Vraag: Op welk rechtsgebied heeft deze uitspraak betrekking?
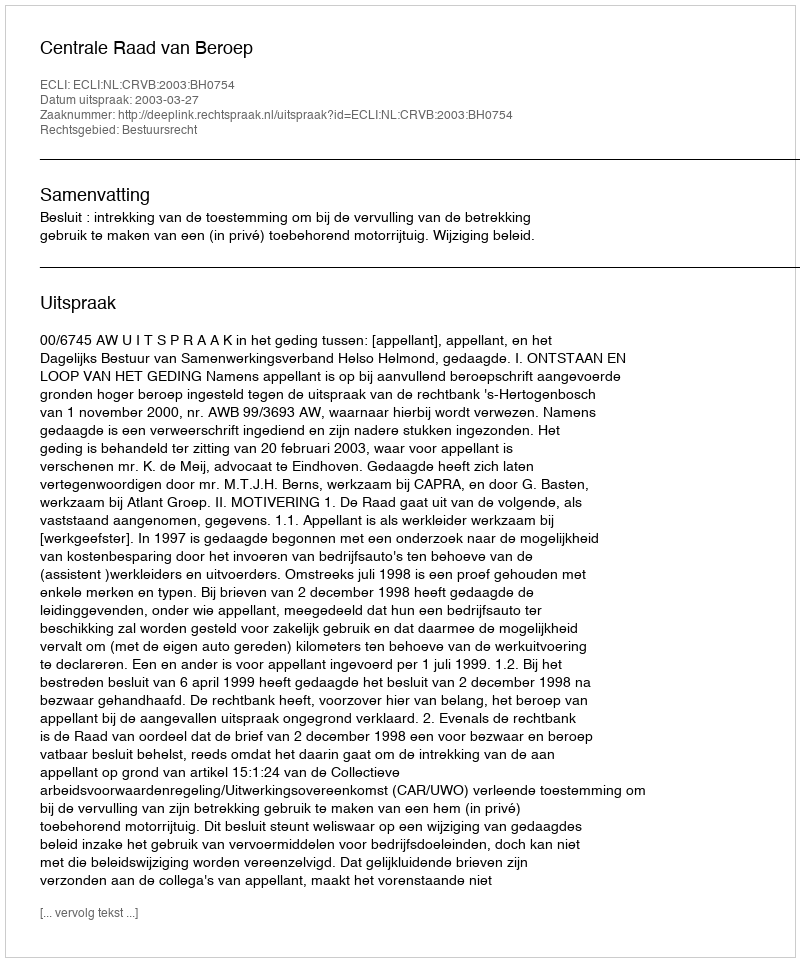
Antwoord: Bestuursrecht